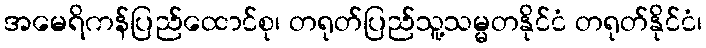
အမေရိကန်ပြည်ထောင်စု၊ တရုတ်ပြည်သူ့သမ္မတနိုင်ငံ တရုတ်နိုင်ငံ၊